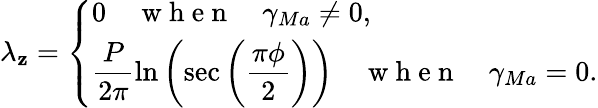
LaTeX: \lambda_{\mathbf{z}}=\left\{ \begin{array}{ll}{0\quad\mathrm{~w~h~e~n~}\quad\gamma_{Ma}\neq 0,}\\ {\displaystyle\frac{P}{2\pi}\ln\left(\sec\left(\frac{\pi\phi}{2}\right)\right)\quad\mathrm{~w~h~e~n~}\quad\gamma_{Ma}=0.}\end{array}\right.